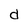
Character: d